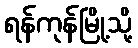
ရန်ကုန်မြို့သို့